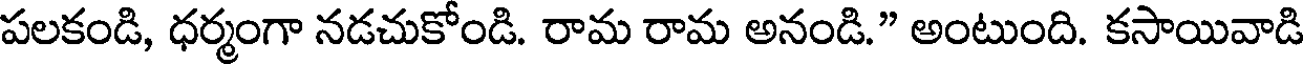
పలకండి, ధర్మంగా నడచుకోండి. రామ రామ అనండి." అంటుంది. కసాయివాడి